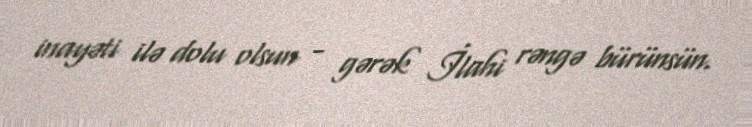
inayəti ilə dolu olsun - gərək İlahi rəngə bürünsün.